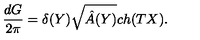
{ \frac { d G } { 2 \pi } } = \delta ( Y ) \sqrt { \hat { A } ( Y ) } c h ( T X ) .